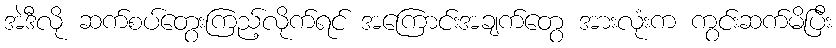
အဲဒီလို ဆက်စပ်တွေးကြည့်လိုက်ရင် အကြောင်းအချက်တွေ အားလုံးက ကွင်းဆက်မိပြီး